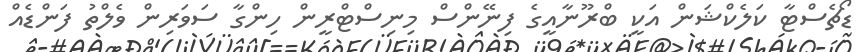
ޑޯޗެސްޓާ ކަލެކްޝަން އަކީ ބްރޫނާއީގެ ފިނޭންސް މިނިސްޓްރީން ހިންގާ ސަވަރިން ވެލްތު ފަންޑެއް